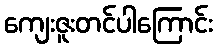
ကျေးဇူးတင်ပါကြောင်း